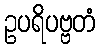
ဥပရိပဗ္ဗတံ